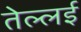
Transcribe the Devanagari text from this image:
तेल्लई